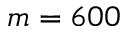
m = 6 0 0